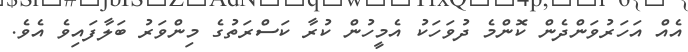
އެއް އަހަރުވަންދެން ކޮންމެ ދުވަހަކު އެމީހުން ކުރާ ކަސްރަތުގެ މިންވަރު ބަލާފައިވެ އެވެ.